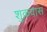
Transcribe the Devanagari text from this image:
शुक्रवास